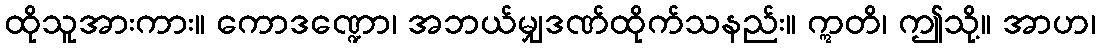
ထိုသူအားကား။ ကောဒဏ္ဍော၊ အဘယ်မျှဒဏ်ထိုက်သနည်း။ ဣတိ၊ ဤသို့။ အာဟ၊